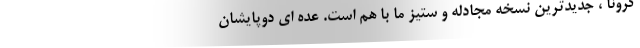
کرونا ، جدیدترین نسخه مجادله و ستیز ما با هم است. عده ای دوپایشان